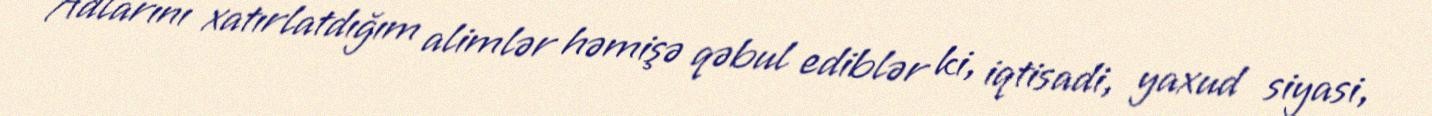
Adlarını xatırlatdığım alimlər həmişə qəbul ediblər ki, iqtisadi, yaxud siyasi,